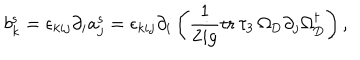
b _ { k } ^ { \mathrm { s } } = \epsilon _ { k i j } \partial _ { i } a _ { j } ^ { \mathrm { s } } = \epsilon _ { k i j } \partial _ { i } \left( \frac { 1 } { 2 i g } \mathrm { t r } \, \tau _ { 3 } \, \Omega _ { \mathrm { D } } \partial _ { j } \Omega _ { \mathrm { D } } ^ { \dagger } \right) ,